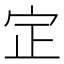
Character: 𡧡